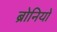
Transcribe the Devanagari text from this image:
ब्रोनियो